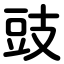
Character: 豉